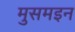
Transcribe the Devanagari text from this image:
मुसमइन